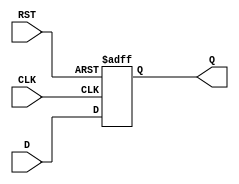
module intermediate_register (
    input wire D,        // Data input
    input wire CLK,      // Clock input
    input wire RST,      // Reset signal
    output reg Q         // Data output
);

// Asynchronous reset behavior with synchronous data capture
always @(posedge CLK or posedge RST) begin
    if (RST) begin
        Q <= 1'b0; // Reset output to 0
    end else begin
        Q <= D;    // Capture input data on rising edge of clock
    end
end

endmodule